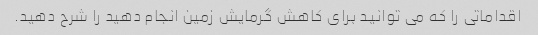
اقداماتی را که می توانید برای کاهش گرمایش زمین انجام دهید را شرح دهید.